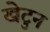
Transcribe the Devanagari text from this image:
खेटुन